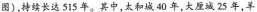
图)，持续长达 515 年。其中，太和城 40 年，大厘诚 25 年，羊